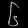
Digit: ၆